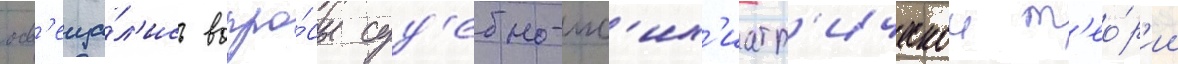
осв'еща́л'ись вопро́сы суд'ебно-пс'их'иатр'ическои т'ео́р'ии